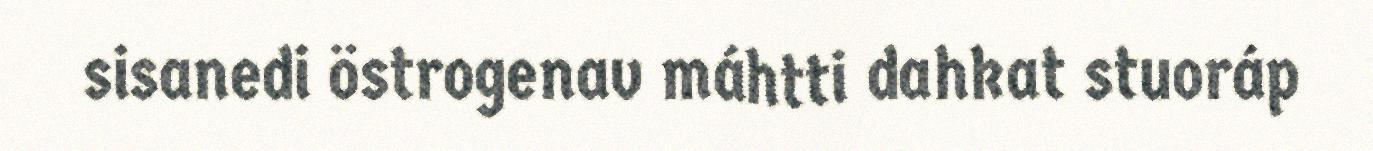
sisanedi östrogenav máhtti dahkat stuoráp